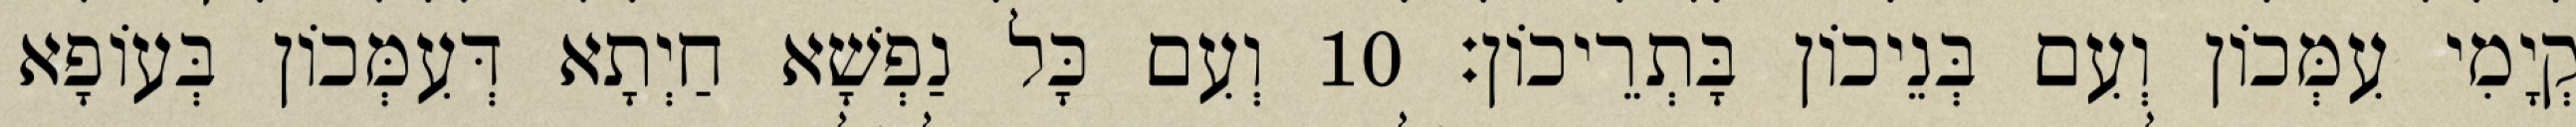
קְיָמִי עִמְּכוֹן וְעִם בְּנֵיכוֹן בָּתְרֵיכוֹן׃ 10 וְעִם כָּל נַפְשָׁא חַיְתָא דְּעִמְּכוֹן בְּעוֹפָא